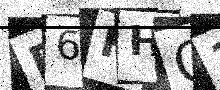
Text: B6FHQ3